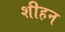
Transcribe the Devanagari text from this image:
शीहन